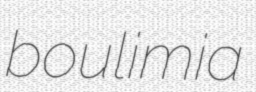
boulimia